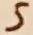
Text: 5